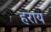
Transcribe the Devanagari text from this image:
हराय